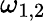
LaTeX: \omega_{1,2}